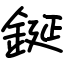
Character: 鋋